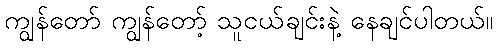
ကျွန်တော် ကျွန်တော့် သူငယ်ချင်းနဲ့ နေချင်ပါတယ်။